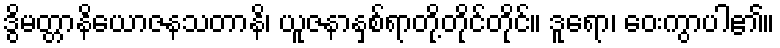
ဒွိမတ္တာနိယောဇနသတာနိ၊ ယူဇနာနှစ်ရာတို့တိုင်တိုင်။ ဒူရော၊ ဝေးကွာပါ၏။